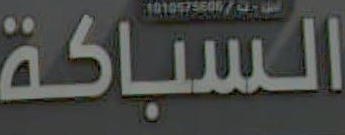
السباكة